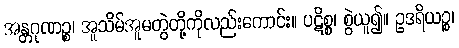
အန္တဂုဏဉ္စ၊ အူသိမ်အူမတွဲတို့ကိုလည်းကောင်း။ ပဋိစ္စ၊ စွဲယူ၍။ ဥဒရိယဉ္စ၊